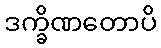
ဒက္ခိဏတောပိ